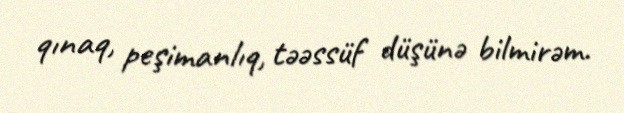
qınaq, peşimanlıq, təəssüf düşünə bilmirəm.